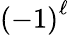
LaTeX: {\left({-1}\right)}^{\ell}